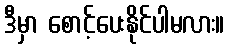
ဒီမှာ စောင့်ပေးနိုင်ပါမလား။